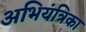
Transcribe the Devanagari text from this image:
अभियंत्रिका